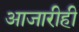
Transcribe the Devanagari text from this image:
आजारीही